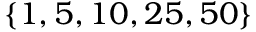
\{ 1 , 5 , 1 0 , 2 5 , 5 0 \}